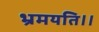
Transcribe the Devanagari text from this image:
भ्रमयति।।